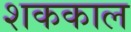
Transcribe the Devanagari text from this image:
शककाल